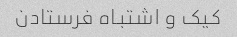
کیک و اشتباه فرستادن